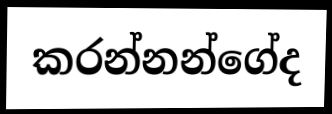
කරන්නන්ගේද